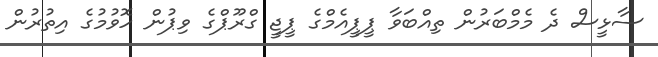
ސާޅީސް ދެ މެމްބަރުން ތިއްބަވާ ޕީޕީއެމްގެ ޕީޖީ ގްރޫޕްގެ ވިޕުން ހޮވުމުގެ އިތުރުން